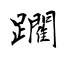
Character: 躙